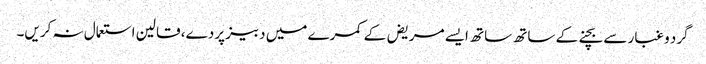
گرد و غبار سے بچنے کے ساتھ ساتھ ایسے مریض‌ کے کمرے میں دبیز پردے، قالین استعمال نہ کریں۔